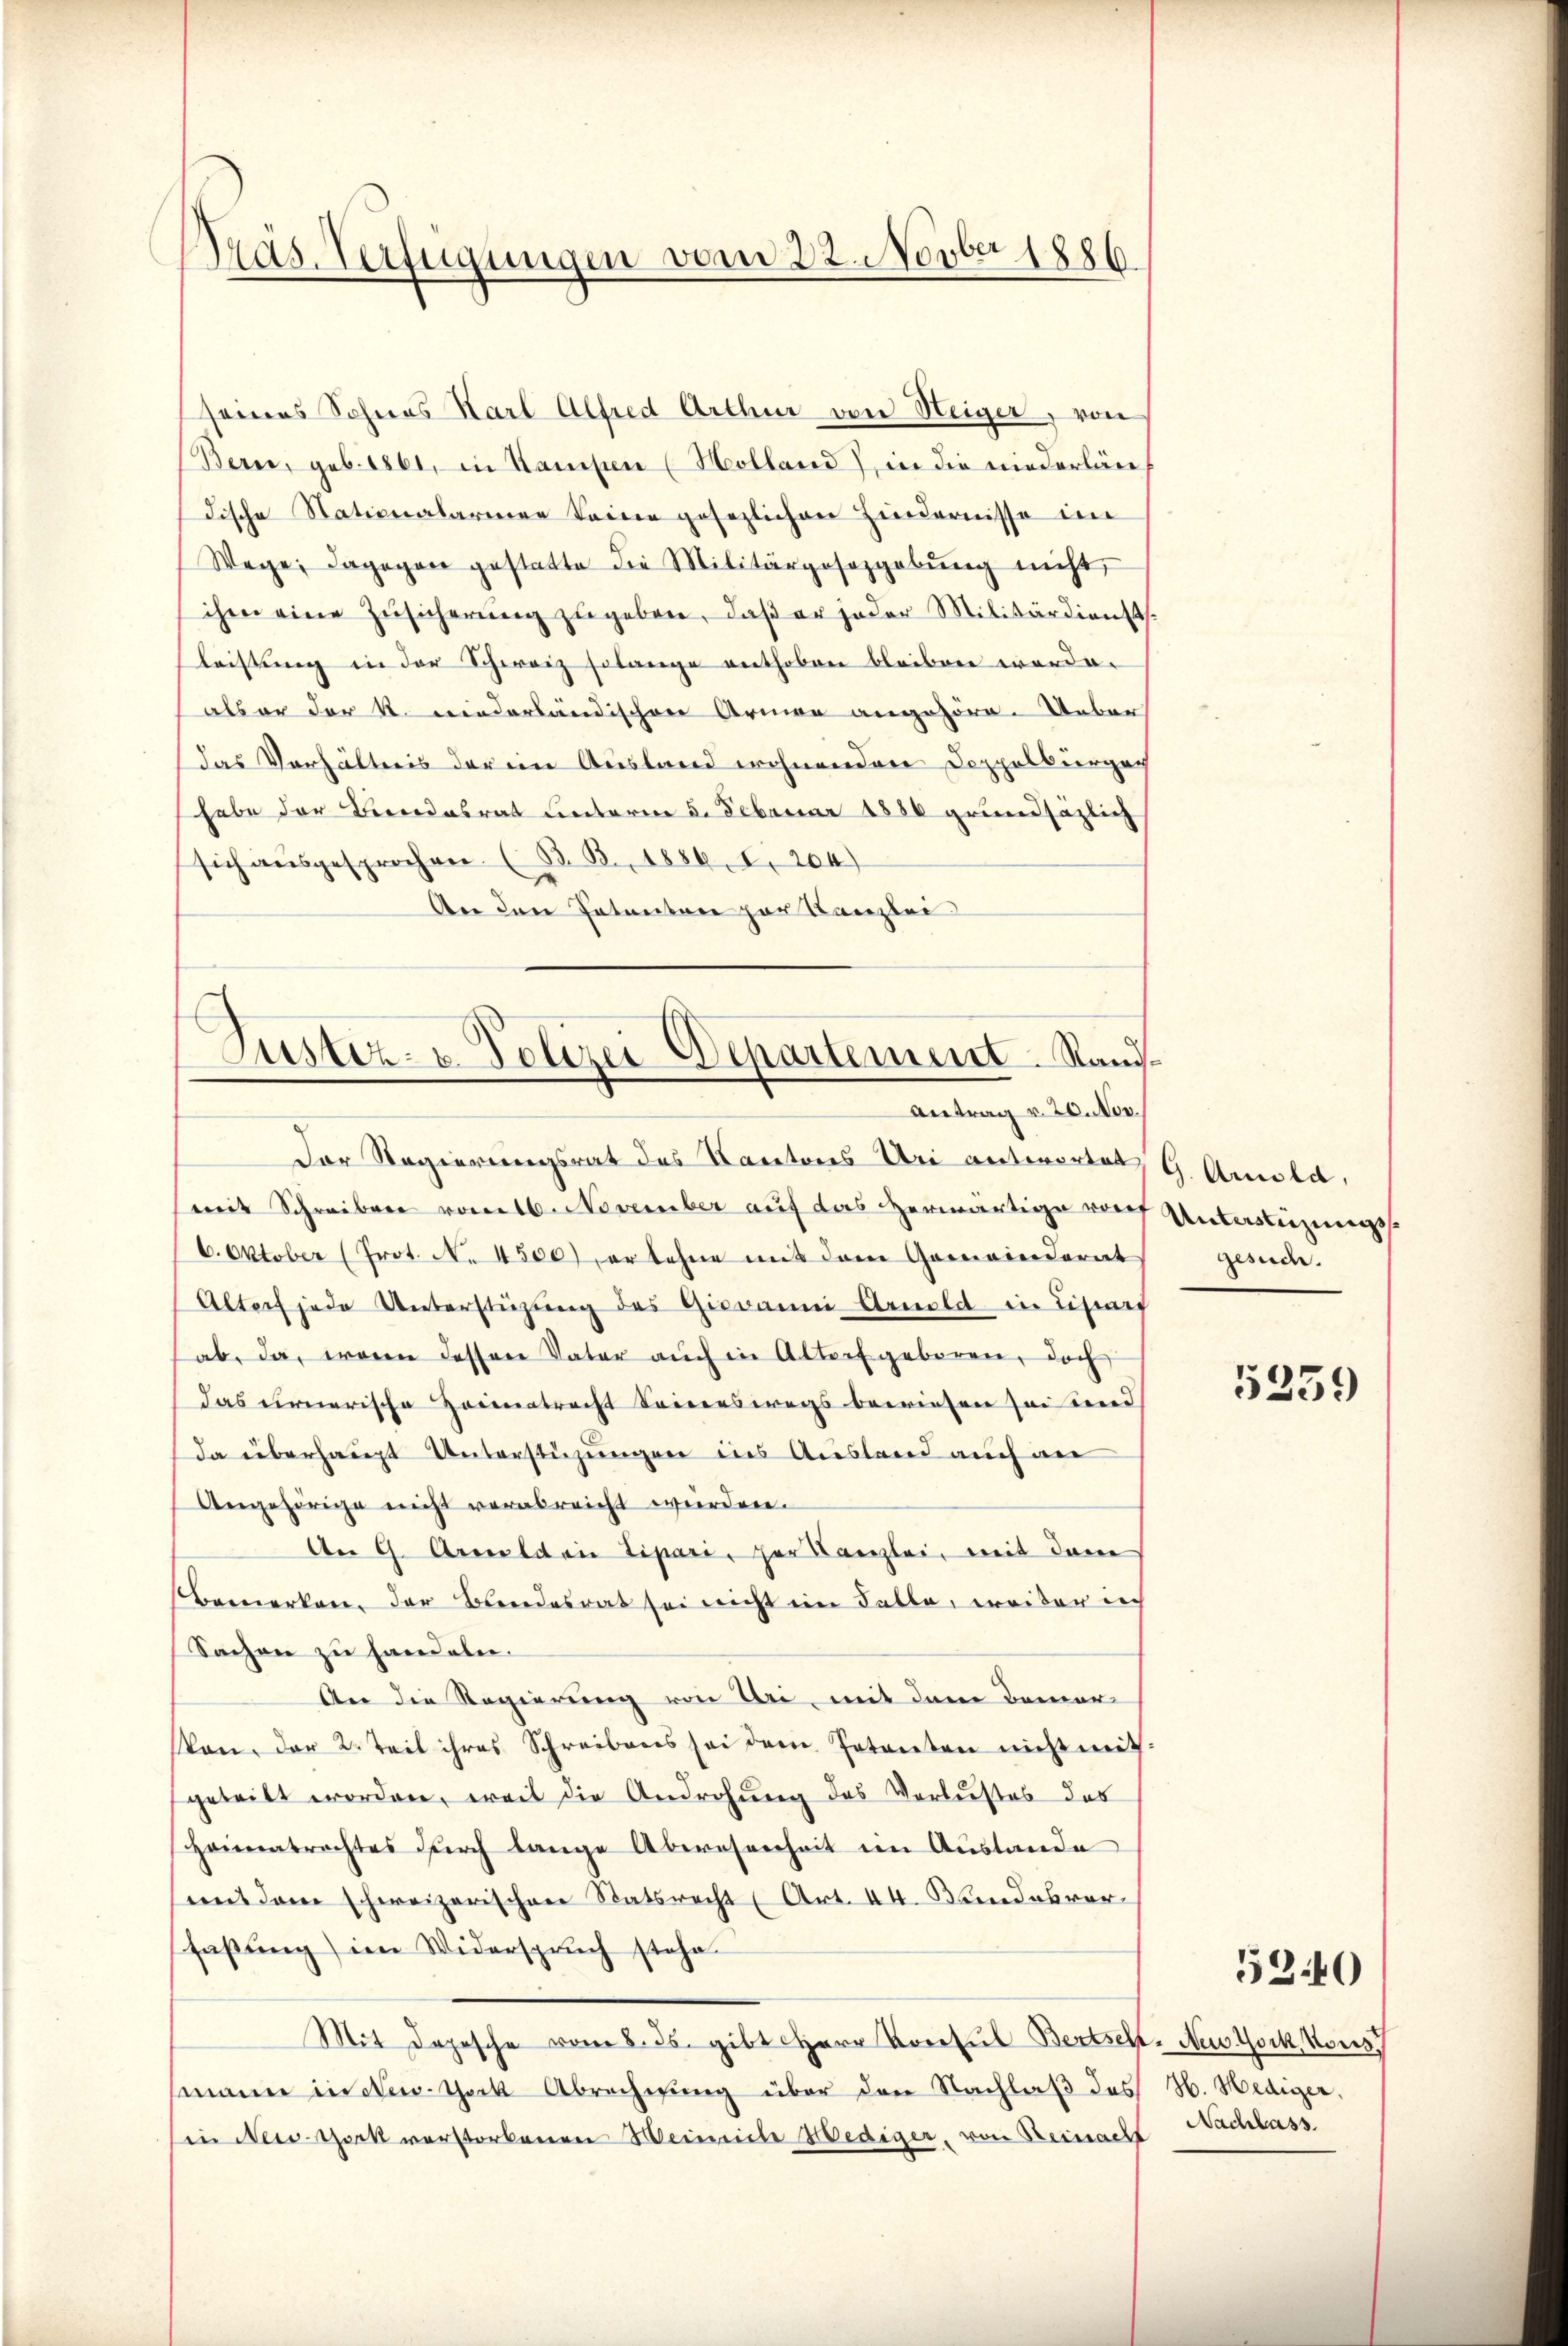
Präs. Verfügungen vom 22. Novber 1886

seines Sohnes Karl Alfred Arthur von Weiger, von
Berer, geb. 1861, in Kampen (Holland), in die niederläre
dische Stationalarmer keinen gesezlichen Hindernisse im
Wege, dagegen gestatte die Militärgesetzgebŭng nicht
ihm eine Zŭsicherŭng zŭgeben, daβ er jeder Militärdienst.
leistung in der Schweiz solange enthoben bleiben worde.
als er der k. niederländischen Armen angehöre. Ueber
Das Verhältnis der im Ausland wohnenden Doppelburger
habe der Beendesrat unterm 5. Februar 1886 grundsätzlich
sich ausgesprochen. (B. B. 1886. 1. 204)
An den Patenten par Kanzlei
Justiz- u. Polizei Departement. Sand¬

Antrag v. 20. Nov.

Der Regierungsrat des Kantones Uri antwortet, G. Amola,
mit Schreiben vom 16. November auf das herwärtige von Untersteigungs
6. Oktober (Prot. N. 4500), er lehne mit dem Gemeinderat
Altorf jede Unterstüzung des Giovanni Arnold in Liturf
ab, da, wenn dessen Vater aŭch in Altorf geboren, doch
das einerische Heimatrecht Seineswegs bewiesen sei und
da überhaupt Unterstüzungen ins Ausland auch an
Angehörige nicht verabreicht würden.
Am 9. Anmelden Lipari, der Kanzlei, mit dem
Bemerken der Blindesrat sei nicht im Falle, weiler in
Sachen zu handeln.
An die Regierung von Uri, mit dem Bemer-
kon, der 2. Teil ihres Schreibens sei dem Petenten nicht mit-
geteilt worden, weil die Androhung des Verlustes des
Heimatrechtes durch lange Abwesenheit im Austande
mit dem schweizerischen Statsrecht (Art. 44. Bundesvor
faßung) im Widerspruch stehe.
Mit Depesche vom 8. ds. gibt Herr Konsul Bertsch-New York, Kons
mann in New-York Abrechnung über den Nachlaβ des H. Hediger,
in New-York verstorbenen Weinriche Wediger, von Reinacht Nachlass

gesuche.

5339

530